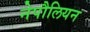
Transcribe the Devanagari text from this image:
नेपौलियन